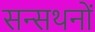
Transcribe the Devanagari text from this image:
सन्सथनों